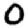
Digit: 0